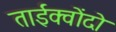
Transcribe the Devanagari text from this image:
ताईक्वोंदो